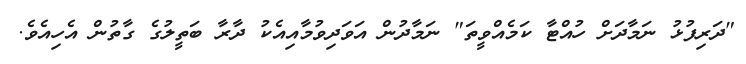
"ދަރިފުޅު ނަމާދަށް ހުއްޓާ ކަމެއްވީތަ" ނަމާދުން އަވަދިވުމާއިއެކު ދާރާ ބަތީލުގެ ގާތުން އެހިއެވެ.